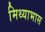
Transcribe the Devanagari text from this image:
मिथ्याभास